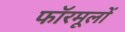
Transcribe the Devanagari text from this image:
फॉरमूलों